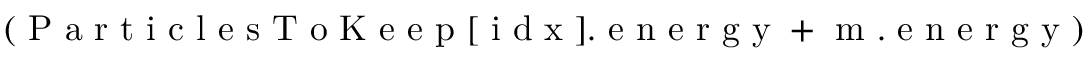
\left( \mathrm { ~ P ~ a ~ r ~ t ~ i ~ c ~ l ~ e ~ s ~ T ~ o ~ K ~ e ~ e ~ p ~ } [ \mathrm { ~ i ~ d ~ x ~ } ] . \mathrm { ~ e ~ n ~ e ~ r ~ g ~ y ~ } + \mathrm { ~ m ~ } . \mathrm { ~ e ~ n ~ e ~ r ~ g ~ y ~ } \right)